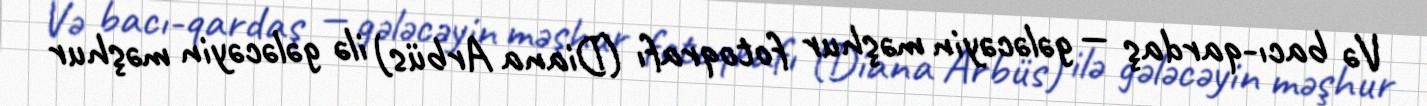
Və bacı-qardaş — gələcəyin məşhur fotoqrafı (Diana Arbüs) ilə gələcəyin məşhur